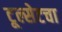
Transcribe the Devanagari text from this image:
टूल्सेटचा